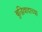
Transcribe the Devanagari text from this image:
बुद्धिवादाच्या